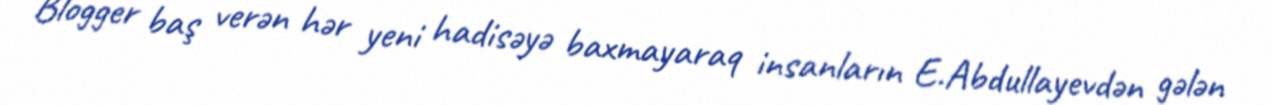
Blogger baş verən hər yeni hadisəyə baxmayaraq insanların E.Abdullayevdən gələn